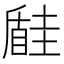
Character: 𡐠